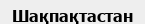
Шақпақтастан